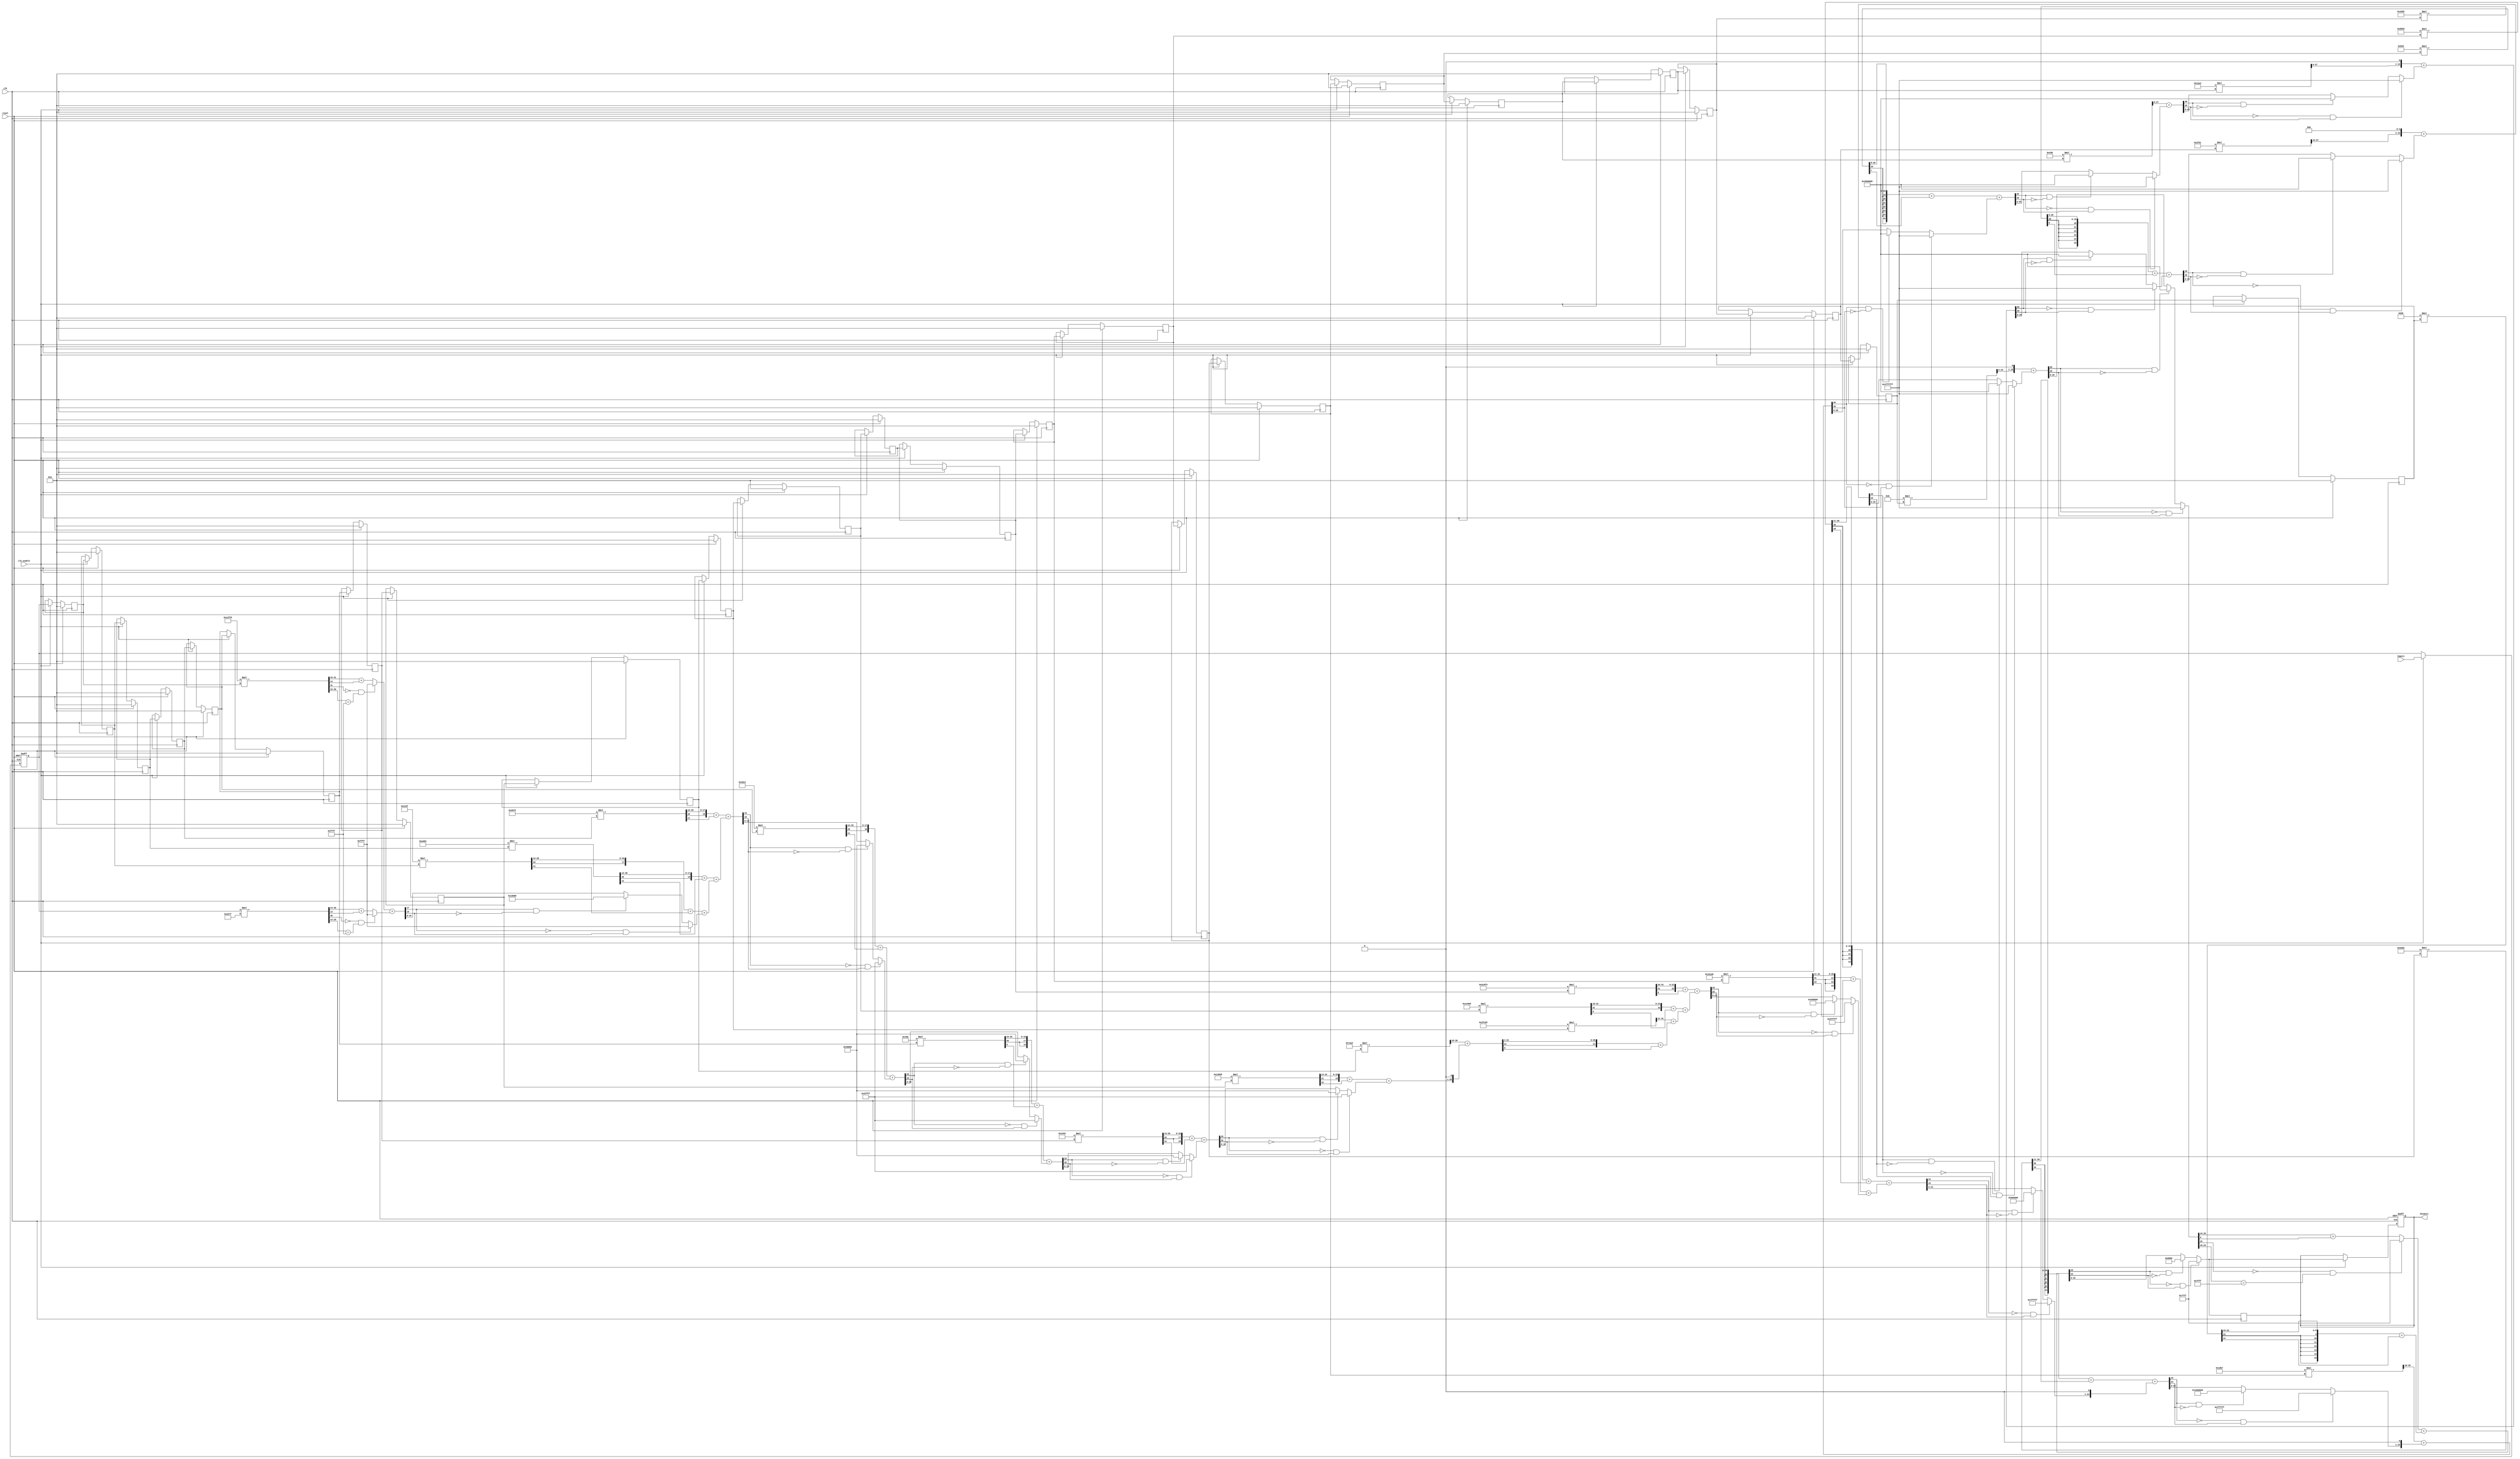
// -------------------------------------------------------------
// 
// 
// Generated by MATLAB 9.3 and HDL Coder 3.11
// 
// 
// -- -------------------------------------------------------------
// -- Rate and Clocking Details
// -- -------------------------------------------------------------
// Model base rate: 2e-05
// Target subsystem base rate: 2e-05
// 
// 
// Clock Enable  Sample Time
// -- -------------------------------------------------------------
// ce_out        2e-05
// -- -------------------------------------------------------------
// 
// 
// Output Signal                 Clock Enable  Sample Time
// -- -------------------------------------------------------------
// Output1                       ce_out        2e-05
// -- -------------------------------------------------------------
// 
// -------------------------------------------------------------


// -------------------------------------------------------------
// 
// Module: Filter_test_24
// Source Path: Differentiator/Filter_test_24
// Hierarchy Level: 0
// 
// -------------------------------------------------------------

`timescale 1 ns / 1 ns

module Filter_test_24
          (clk,
           reset,
           clk_enable,
           Input1,
//           ce_out,
           Output1);


  input   clk;
  input   reset;
  input   clk_enable;
  input   signed [15:0] Input1;  // sfix16_En8
//  output  ce_out;
  output  signed [15:0] Output1;  // sfix16_En8

//  wire enb;
  reg signed [15:0] Input1_reg;
  wire [10:0] b23_1_out1;  // ufix11_En11
  reg signed [15:0] BodyDelay1_out1;  // sfix16_En8
  reg signed [15:0] BodyDelay2_out1;  // sfix16_En8
  reg signed [15:0] BodyDelay3_out1;  // sfix16_En8
  reg signed [15:0] BodyDelay4_out1;  // sfix16_En8
  reg signed [15:0] BodyDelay5_out1;  // sfix16_En8
  reg signed [15:0] BodyDelay6_out1;  // sfix16_En8
  reg signed [15:0] BodyDelay7_out1;  // sfix16_En8
  reg signed [15:0] BodyDelay8_out1;  // sfix16_En8
  reg signed [15:0] BodyDelay9_out1;  // sfix16_En8
  reg signed [15:0] BodyDelay10_out1;  // sfix16_En8
  reg signed [15:0] BodyDelay11_out1;  // sfix16_En8
  reg signed [15:0] BodyDelay12_reg [0:1];  // sfix16 [2]
  wire signed [15:0] BodyDelay12_reg_next [0:1];  // sfix16_En8 [2]
  wire signed [15:0] BodyDelay12_out1;  // sfix16_En8
  reg signed [15:0] BodyDelay13_out1;  // sfix16_En8
  reg signed [15:0] BodyDelay14_out1;  // sfix16_En8
  reg signed [15:0] BodyDelay15_out1;  // sfix16_En8
  reg signed [15:0] BodyDelay16_out1;  // sfix16_En8
  reg signed [15:0] BodyDelay17_out1;  // sfix16_En8
  reg signed [15:0] BodyDelay18_out1;  // sfix16_En8
  reg signed [15:0] BodyDelay19_out1;  // sfix16_En8
  reg signed [15:0] BodyDelay20_out1;  // sfix16_En8
  reg signed [15:0] BodyDelay21_out1;  // sfix16_En8
  reg signed [15:0] BodyDelay22_out1;  // sfix16_En8
  wire signed [19:0] b22_1_out1;  // sfix20_En19
  wire [18:0] b21_1_out1;  // ufix19_En19
  wire signed [18:0] b20_1_out1;  // sfix19_En18
  wire [17:0] b19_1_out1;  // ufix18_En18
  wire signed [18:0] b18_1_out1;  // sfix19_En18
  wire signed [20:0] b17_1_out1;  // sfix21_En20
  wire [19:0] b16_1_out1;  // ufix20_En20
  wire signed [19:0] b15_1_out1;  // sfix20_En19
  wire [18:0] b14_1_out1;  // ufix19_En19
  wire signed [18:0] b13_1_out1;  // sfix19_En18
  wire [17:0] b12_1_out1;  // ufix18_En18
  wire signed [19:0] b11_1_out1;  // sfix20_En19
  wire [18:0] b10_1_out1;  // ufix19_En19
  wire signed [21:0] b9_1_out1;  // sfix22_En21
  wire [20:0] b8_1_out1;  // ufix21_En21
  wire [17:0] b7_1_out1;  // ufix18_En18
  wire signed [20:0] b6_1_out1;  // sfix21_En20
  wire [19:0] b5_1_out1;  // ufix20_En20
  wire signed [21:0] b4_1_out1;  // sfix22_En21
  wire [19:0] b3_1_out1;  // ufix20_En20
  wire signed [23:0] b2_1_out1;  // sfix24_En23
  wire signed [39:0] Product2_mul_temp;  // sfix40_En31
  wire signed [17:0] Product2_out1;  // sfix18_En17
  wire [21:0] b1_1_out1;  // ufix22_En22
  wire signed [15:0] b24_1_out1;  // sfix16_En15
  wire signed [11:0] Product23_cast;  // sfix12_En11
  wire signed [27:0] Product23_mul_temp;  // sfix28_En19
  wire signed [26:0] Product23_cast_1;  // sfix27_En19
  wire signed [17:0] Product23_out1;  // sfix18_En17
  wire signed [35:0] Product22_mul_temp;  // sfix36_En27
  wire signed [15:0] Product22_out1;  // sfix16_En15
  wire signed [19:0] Product21_cast;  // sfix20_En19
  wire signed [35:0] Product21_mul_temp;  // sfix36_En27
  wire signed [34:0] Product21_cast_1;  // sfix35_En27
  wire signed [20:0] Product21_out1;  // sfix21_En19
  wire signed [34:0] Product20_mul_temp;  // sfix35_En26
  wire signed [18:0] Product20_out1;  // sfix19_En17
  wire signed [18:0] Product19_cast;  // sfix19_En18
  wire signed [34:0] Product19_mul_temp;  // sfix35_En26
  wire signed [33:0] Product19_cast_1;  // sfix34_En26
  wire signed [19:0] Product19_out1;  // sfix20_En18
  wire signed [34:0] Product18_mul_temp;  // sfix35_En26
  wire signed [19:0] Product18_out1;  // sfix20_En19
  wire signed [36:0] Product17_mul_temp;  // sfix37_En28
  wire signed [18:0] Product17_out1;  // sfix19_En18
  wire signed [20:0] Product16_cast;  // sfix21_En20
  wire signed [36:0] Product16_mul_temp;  // sfix37_En28
  wire signed [35:0] Product16_cast_1;  // sfix36_En28
  wire signed [20:0] Product16_out1;  // sfix21_En18
  wire signed [35:0] Product15_mul_temp;  // sfix36_En27
  wire signed [20:0] Product15_out1;  // sfix21_En17
  wire signed [19:0] Product14_cast;  // sfix20_En19
  wire signed [35:0] Product14_mul_temp;  // sfix36_En27
  wire signed [34:0] Product14_cast_1;  // sfix35_En27
  wire signed [21:0] Product14_out1;  // sfix22_En17
  wire signed [34:0] Product13_mul_temp;  // sfix35_En26
  wire signed [22:0] Product13_out1;  // sfix23_En17
  wire signed [18:0] Product12_cast;  // sfix19_En18
  wire signed [34:0] Product12_mul_temp;  // sfix35_En26
  wire signed [33:0] Product12_cast_1;  // sfix34_En26
  wire signed [22:0] Product12_out1;  // sfix23_En17
  wire signed [35:0] Product11_mul_temp;  // sfix36_En27
  wire signed [20:0] Product11_out1;  // sfix21_En16
  wire signed [19:0] Product10_cast;  // sfix20_En19
  wire signed [35:0] Product10_mul_temp;  // sfix36_En27
  wire signed [34:0] Product10_cast_1;  // sfix35_En27
  wire signed [20:0] Product10_out1;  // sfix21_En17
  wire signed [37:0] Product9_mul_temp;  // sfix38_En29
  wire signed [19:0] Product9_out1;  // sfix20_En17
  wire signed [21:0] Product8_cast;  // sfix22_En21
  wire signed [37:0] Product8_mul_temp;  // sfix38_En29
  wire signed [36:0] Product8_cast_1;  // sfix37_En29
  wire signed [17:0] Product8_out1;  // sfix18_En17
  wire signed [18:0] Product7_cast;  // sfix19_En18
  wire signed [34:0] Product7_mul_temp;  // sfix35_En26
  wire signed [33:0] Product7_cast_1;  // sfix34_En26
  wire signed [17:0] Product7_out1;  // sfix18_En17
  wire signed [36:0] Product6_mul_temp;  // sfix37_En28
  wire signed [18:0] Product6_out1;  // sfix19_En17
  wire signed [20:0] Product5_cast;  // sfix21_En20
  wire signed [36:0] Product5_mul_temp;  // sfix37_En28
  wire signed [35:0] Product5_cast_1;  // sfix36_En28
  wire signed [18:0] Product5_out1;  // sfix19_En17
  wire signed [37:0] Product4_mul_temp;  // sfix38_En29
  wire signed [19:0] Product4_out1;  // sfix20_En18
  wire signed [20:0] Product3_cast;  // sfix21_En20
  wire signed [36:0] Product3_mul_temp;  // sfix37_En28
  wire signed [35:0] Product3_cast_1;  // sfix36_En28
  wire signed [17:0] Product3_out1;  // sfix18_En17
  wire signed [22:0] Product1_cast;  // sfix23_En22
  wire signed [38:0] Product1_mul_temp;  // sfix39_En30
  wire signed [37:0] Product1_cast_1;  // sfix38_En30
  wire signed [17:0] Product1_out1;  // sfix18_En17
  wire signed [16:0] BodyLSum1_add_cast;  // sfix17_En16
  wire signed [17:0] BodyLSum1_add_cast_1;  // sfix18_En16
  wire signed [16:0] BodyLSum1_add_cast_2;  // sfix17_En16
  wire signed [17:0] BodyLSum1_add_cast_3;  // sfix18_En16
  wire signed [17:0] BodyLSum1_add_temp;  // sfix18_En16
  wire signed [16:0] BodyLSum1_out1;  // sfix17_En16
  wire signed [17:0] BodyLSum2_add_cast;  // sfix18_En16
  wire signed [17:0] BodyLSum2_add_cast_1;  // sfix18_En16
  wire signed [17:0] BodyLSum2_out1;  // sfix18_En16
  wire signed [18:0] BodyLSum3_add_cast;  // sfix19_En16
  wire signed [18:0] BodyLSum3_add_cast_1;  // sfix19_En16
  wire signed [18:0] BodyLSum3_out1;  // sfix19_En16
  wire signed [18:0] BodyLSum4_add_cast;  // sfix19_En16
  wire signed [19:0] BodyLSum4_add_cast_1;  // sfix20_En16
  wire signed [19:0] BodyLSum4_add_cast_2;  // sfix20_En16
  wire signed [19:0] BodyLSum4_add_temp;  // sfix20_En16
  wire signed [18:0] BodyLSum4_out1;  // sfix19_En16
  wire signed [18:0] BodyLSum5_add_cast;  // sfix19_En16
  wire signed [19:0] BodyLSum5_add_cast_1;  // sfix20_En16
  wire signed [19:0] BodyLSum5_add_cast_2;  // sfix20_En16
  wire signed [19:0] BodyLSum5_add_temp;  // sfix20_En16
  wire signed [18:0] BodyLSum5_out1;  // sfix19_En16
  wire signed [18:0] BodyLSum6_add_cast;  // sfix19_En16
  wire signed [19:0] BodyLSum6_add_cast_1;  // sfix20_En16
  wire signed [19:0] BodyLSum6_add_cast_2;  // sfix20_En16
  wire signed [19:0] BodyLSum6_add_temp;  // sfix20_En16
  wire signed [18:0] BodyLSum6_out1;  // sfix19_En16
  wire signed [18:0] BodyLSum7_add_cast;  // sfix19_En16
  wire signed [19:0] BodyLSum7_add_cast_1;  // sfix20_En16
  wire signed [19:0] BodyLSum7_add_cast_2;  // sfix20_En16
  wire signed [19:0] BodyLSum7_add_temp;  // sfix20_En16
  wire signed [18:0] BodyLSum7_out1;  // sfix19_En16
  wire signed [19:0] BodyLSum8_add_cast;  // sfix20_En16
  wire signed [19:0] BodyLSum8_add_cast_1;  // sfix20_En16
  wire signed [19:0] BodyLSum8_out1;  // sfix20_En16
  wire signed [21:0] BodyLSum9_add_cast;  // sfix22_En17
  wire signed [21:0] BodyLSum9_add_cast_1;  // sfix22_En17
  wire signed [21:0] BodyLSum9_out1;  // sfix22_En17
  wire signed [21:0] BodyLSum10_add_cast;  // sfix22_En16
  wire signed [21:0] BodyLSum10_add_cast_1;  // sfix22_En16
  wire signed [21:0] BodyLSum10_out1;  // sfix22_En16
  wire signed [22:0] BodyLSum11_add_cast;  // sfix23_En16
  wire signed [22:0] BodyLSum11_add_cast_1;  // sfix23_En16
  wire signed [22:0] BodyLSum11_out1;  // sfix23_En16
  wire signed [22:0] BodyLSum12_add_cast;  // sfix23_En16
  wire signed [23:0] BodyLSum12_add_cast_1;  // sfix24_En16
  wire signed [23:0] BodyLSum12_add_cast_2;  // sfix24_En16
  wire signed [23:0] BodyLSum12_add_temp;  // sfix24_En16
  wire signed [22:0] BodyLSum12_out1;  // sfix23_En16
  wire signed [23:0] BodyLSum13_add_cast;  // sfix24_En16
  wire signed [23:0] BodyLSum13_add_cast_1;  // sfix24_En16
  wire signed [23:0] BodyLSum13_out1;  // sfix24_En16
  wire signed [23:0] BodyLSum14_add_cast;  // sfix24_En16
  wire signed [24:0] BodyLSum14_add_cast_1;  // sfix25_En16
  wire signed [24:0] BodyLSum14_add_cast_2;  // sfix25_En16
  wire signed [24:0] BodyLSum14_add_temp;  // sfix25_En16
  wire signed [23:0] BodyLSum14_out1;  // sfix24_En16
  wire signed [24:0] BodyLSum15_add_cast;  // sfix25_En17
  wire signed [25:0] BodyLSum15_add_cast_1;  // sfix26_En17
  wire signed [25:0] BodyLSum15_add_cast_2;  // sfix26_En17
  wire signed [25:0] BodyLSum15_add_temp;  // sfix26_En17
  wire signed [24:0] BodyLSum15_out1;  // sfix25_En17
  wire signed [25:0] BodyLSum16_add_cast;  // sfix26_En18
  wire signed [26:0] BodyLSum16_add_cast_1;  // sfix27_En18
  wire signed [26:0] BodyLSum16_add_cast_2;  // sfix27_En18
  wire signed [26:0] BodyLSum16_add_temp;  // sfix27_En18
  wire signed [25:0] BodyLSum16_out1;  // sfix26_En18
  wire signed [25:0] BodyLSum17_add_cast;  // sfix26_En18
  wire signed [26:0] BodyLSum17_add_cast_1;  // sfix27_En18
  wire signed [26:0] BodyLSum17_add_cast_2;  // sfix27_En18
  wire signed [26:0] BodyLSum17_add_temp;  // sfix27_En18
  wire signed [25:0] BodyLSum17_out1;  // sfix26_En18
  wire signed [25:0] BodyLSum18_add_cast;  // sfix26_En18
  wire signed [26:0] BodyLSum18_add_cast_1;  // sfix27_En18
  wire signed [26:0] BodyLSum18_add_cast_2;  // sfix27_En18
  wire signed [26:0] BodyLSum18_add_temp;  // sfix27_En18
  wire signed [25:0] BodyLSum18_out1;  // sfix26_En18
  wire signed [25:0] BodyLSum19_add_cast;  // sfix26_En18
  wire signed [26:0] BodyLSum19_add_cast_1;  // sfix27_En18
  wire signed [26:0] BodyLSum19_add_cast_2;  // sfix27_En18
  wire signed [26:0] BodyLSum19_add_temp;  // sfix27_En18
  wire signed [25:0] BodyLSum19_out1;  // sfix26_En18
  wire signed [25:0] BodyLSum20_add_cast;  // sfix26_En18
  wire signed [26:0] BodyLSum20_add_cast_1;  // sfix27_En18
  wire signed [26:0] BodyLSum20_add_cast_2;  // sfix27_En18
  wire signed [26:0] BodyLSum20_add_temp;  // sfix27_En18
  wire signed [25:0] BodyLSum20_out1;  // sfix26_En18
  wire signed [25:0] BodyLSum21_add_cast;  // sfix26_En18
  wire signed [26:0] BodyLSum21_add_cast_1;  // sfix27_En18
  wire signed [26:0] BodyLSum21_add_cast_2;  // sfix27_En18
  wire signed [26:0] BodyLSum21_add_temp;  // sfix27_En18
  wire signed [25:0] BodyLSum21_out1;  // sfix26_En18
  wire signed [25:0] BodyLSum22_add_cast;  // sfix26_En18
  wire signed [26:0] BodyLSum22_add_cast_1;  // sfix27_En18
  wire signed [26:0] BodyLSum22_add_cast_2;  // sfix27_En18
  wire signed [26:0] BodyLSum22_add_temp;  // sfix27_En18
  wire signed [25:0] BodyLSum22_out1;  // sfix26_En18
  reg signed [15:0] BodyDelay23_out1;  // sfix16_En8
  wire signed [31:0] Product24_mul_temp;  // sfix32_En23
  wire signed [9:0] Product24_out1;  // sfix10_En9
  wire signed [15:0] BodyLSum23_add_cast;  // sfix16_En8
  wire signed [16:0] BodyLSum23_add_cast_1;  // sfix17_En8
  wire signed [15:0] BodyLSum23_add_cast_2;  // sfix16_En8
  wire signed [16:0] BodyLSum23_add_cast_3;  // sfix17_En8
  wire signed [16:0] BodyLSum23_add_temp;  // sfix17_En8
  wire signed [15:0] BodyLSum23_out1;  // sfix16_En8
  reg signed [15:0] BodyLSum23_out1_reg;
  
  //wire signed [15:0] BodyLSum23_out2_wire;  // sfix16_En8
  //reg signed [15:0] BodyLSum23_out2_reg;

  assign b23_1_out1 = 11'b00000001011;
 


//  assign enb = clk_enable;
always @(posedge clk or posedge reset)
	begin 
		if (reset == 1'b1) begin
		Input1_reg <= 16'b0;
		BodyLSum23_out1_reg<=16'b0;
end
	else begin
		if (clk_enable) begin
		Input1_reg <= Input1;
		BodyLSum23_out1_reg<=BodyLSum23_out1;
		end
	     end
	  end

////////////    /////////////////////////////
  always @(posedge clk)
    begin : BodyDelay1_process
      if (reset == 1'b1) begin
        BodyDelay1_out1 <= 16'sb0000000000000000;
      end
      else begin
        if (clk_enable) begin
          BodyDelay1_out1 <= Input1_reg;
        end
      end
    end



  always @(posedge clk)
    begin : BodyDelay2_process
      if (reset == 1'b1) begin
        BodyDelay2_out1 <= 16'sb0000000000000000;
      end
      else begin
        if (clk_enable) begin
          BodyDelay2_out1 <= BodyDelay1_out1;
        end
      end
    end



  always @(posedge clk)
    begin : BodyDelay3_process
      if (reset == 1'b1) begin
        BodyDelay3_out1 <= 16'sb0000000000000000;
      end
      else begin
        if (clk_enable) begin
          BodyDelay3_out1 <= BodyDelay2_out1;
        end
      end
    end



  always @(posedge clk)
    begin : BodyDelay4_process
      if (reset == 1'b1) begin
        BodyDelay4_out1 <= 16'sb0000000000000000;
      end
      else begin
        if (clk_enable) begin
          BodyDelay4_out1 <= BodyDelay3_out1;
        end
      end
    end



  always @(posedge clk)
    begin : BodyDelay5_process
      if (reset == 1'b1) begin
        BodyDelay5_out1 <= 16'sb0000000000000000;
      end
      else begin
        if (clk_enable) begin
          BodyDelay5_out1 <= BodyDelay4_out1;
        end
      end
    end



  always @(posedge clk)
    begin : BodyDelay6_process
      if (reset == 1'b1) begin
        BodyDelay6_out1 <= 16'sb0000000000000000;
      end
      else begin
        if (clk_enable) begin
          BodyDelay6_out1 <= BodyDelay5_out1;
        end
      end
    end



  always @(posedge clk)
    begin : BodyDelay7_process
      if (reset == 1'b1) begin
        BodyDelay7_out1 <= 16'sb0000000000000000;
      end
      else begin
        if (clk_enable) begin
          BodyDelay7_out1 <= BodyDelay6_out1;
        end
      end
    end



  always @(posedge clk)
    begin : BodyDelay8_process
      if (reset == 1'b1) begin
        BodyDelay8_out1 <= 16'sb0000000000000000;
      end
      else begin
        if (clk_enable) begin
          BodyDelay8_out1 <= BodyDelay7_out1;
        end
      end
    end



  always @(posedge clk)
    begin : BodyDelay9_process
      if (reset == 1'b1) begin
        BodyDelay9_out1 <= 16'sb0000000000000000;
      end
      else begin
        if (clk_enable) begin
          BodyDelay9_out1 <= BodyDelay8_out1;
        end
      end
    end



  always @(posedge clk)
    begin : BodyDelay10_process
      if (reset == 1'b1) begin
        BodyDelay10_out1 <= 16'sb0000000000000000;
      end
      else begin
        if (clk_enable) begin
          BodyDelay10_out1 <= BodyDelay9_out1;
        end
      end
    end



  always @(posedge clk)
    begin : BodyDelay11_process
      if (reset == 1'b1) begin
        BodyDelay11_out1 <= 16'sb0000000000000000;
      end
      else begin
        if (clk_enable) begin
          BodyDelay11_out1 <= BodyDelay10_out1;
        end
      end
    end



  always @(posedge clk)
    begin : BodyDelay12_process
      if (reset == 1'b1) begin
        BodyDelay12_reg[0] <= 16'sb0000000000000000;
        BodyDelay12_reg[1] <= 16'sb0000000000000000;
      end
      else begin
        if (clk_enable) begin
          BodyDelay12_reg[0] <= BodyDelay12_reg_next[0];
          BodyDelay12_reg[1] <= BodyDelay12_reg_next[1];
        end
      end
    end

  assign BodyDelay12_out1 = BodyDelay12_reg[1];
  assign BodyDelay12_reg_next[0] = BodyDelay11_out1;
  assign BodyDelay12_reg_next[1] = BodyDelay12_reg[0];



  always @(posedge clk)
    begin : BodyDelay13_process
      if (reset == 1'b1) begin
        BodyDelay13_out1 <= 16'sb0000000000000000;
      end
      else begin
        if (clk_enable) begin
          BodyDelay13_out1 <= BodyDelay12_out1;
        end
      end
    end



  always @(posedge clk)
    begin : BodyDelay14_process
      if (reset == 1'b1) begin
        BodyDelay14_out1 <= 16'sb0000000000000000;
      end
      else begin
        if (clk_enable) begin
          BodyDelay14_out1 <= BodyDelay13_out1;
        end
      end
    end



  always @(posedge clk)
    begin : BodyDelay15_process
      if (reset == 1'b1) begin
        BodyDelay15_out1 <= 16'sb0000000000000000;
      end
      else begin
        if (clk_enable) begin
          BodyDelay15_out1 <= BodyDelay14_out1;
        end
      end
    end



  always @(posedge clk)
    begin : BodyDelay16_process
      if (reset == 1'b1) begin
        BodyDelay16_out1 <= 16'sb0000000000000000;
      end
      else begin
        if (clk_enable) begin
          BodyDelay16_out1 <= BodyDelay15_out1;
        end
      end
    end



  always @(posedge clk)
    begin : BodyDelay17_process
      if (reset == 1'b1) begin
        BodyDelay17_out1 <= 16'sb0000000000000000;
      end
      else begin
        if (clk_enable) begin
          BodyDelay17_out1 <= BodyDelay16_out1;
        end
      end
    end



  always @(posedge clk)
    begin : BodyDelay18_process
      if (reset == 1'b1) begin
        BodyDelay18_out1 <= 16'sb0000000000000000;
      end
      else begin
        if (clk_enable) begin
          BodyDelay18_out1 <= BodyDelay17_out1;
        end
      end
    end



  always @(posedge clk)
    begin : BodyDelay19_process
      if (reset == 1'b1) begin
        BodyDelay19_out1 <= 16'sb0000000000000000;
      end
      else begin
        if (clk_enable) begin
          BodyDelay19_out1 <= BodyDelay18_out1;
        end
      end
    end



  always @(posedge clk)
    begin : BodyDelay20_process
      if (reset == 1'b1) begin
        BodyDelay20_out1 <= 16'sb0000000000000000;
      end
      else begin
        if (clk_enable) begin
          BodyDelay20_out1 <= BodyDelay19_out1;
        end
      end
    end



  always @(posedge clk)
    begin : BodyDelay21_process
      if (reset == 1'b1) begin
        BodyDelay21_out1 <= 16'sb0000000000000000;
      end
      else begin
        if (clk_enable) begin
          BodyDelay21_out1 <= BodyDelay20_out1;
        end
      end
    end



  always @(posedge clk)
    begin : BodyDelay22_process
      if (reset == 1'b1) begin
        BodyDelay22_out1 <= 16'sb0000000000000000;
      end
      else begin
        if (clk_enable) begin
          BodyDelay22_out1 <= BodyDelay21_out1;
        end
      end
    end

//////////////////// //////////////////////

  assign b22_1_out1 = 20'sb11111110111101010001;



  assign b21_1_out1 = 19'b0000001011011010011;



  assign b20_1_out1 = 19'sb1111111001010100011;



  assign b19_1_out1 = 18'b000000110010111011;



  assign b18_1_out1 = 19'sb1111111100001000101;



  assign b17_1_out1 = 21'sb111111111000010110111;



  assign b16_1_out1 = 20'b00000110001111010011;



  assign b15_1_out1 = 20'sb11111000010101011101;



  assign b14_1_out1 = 19'b0010000000110101011;



  assign b13_1_out1 = 19'sb1101100101111110011;



  assign b12_1_out1 = 18'b010011010000001101;



  assign b11_1_out1 = 20'sb11101111111001010101;



  assign b10_1_out1 = 19'b0000111101010100011;



  assign b9_1_out1 = 22'sb1111110011100001011001;



  assign b8_1_out1 = 21'b000000001111010010011;



  assign b7_1_out1 = 18'b000000011110111011;



  assign b6_1_out1 = 21'sb111111100110100010011;



  assign b5_1_out1 = 20'b00000011010101110101;



  assign b4_1_out1 = 22'sb1111111010010010110011;



  assign b3_1_out1 = 20'b00000010000101011111;



  assign b2_1_out1 = 24'sb111111110100111111111101;


  assign b1_1_out1 = 22'b0000000010001001111111;



  assign b24_1_out1 = 16'sb1111111110111011;

////////////////////  ///////////////////////

  assign Product2_mul_temp = b2_1_out1 * BodyDelay1_out1;
  assign Product2_out1 = Product2_mul_temp[31:14];



  assign Product23_cast = {1'b0, b23_1_out1};
  assign Product23_mul_temp = Product23_cast * BodyDelay22_out1;
  assign Product23_cast_1 = Product23_mul_temp[26:0];
  assign Product23_out1 = Product23_cast_1[19:2];



  assign Product22_mul_temp = b22_1_out1 * BodyDelay21_out1;
  assign Product22_out1 = Product22_mul_temp[27:12];



  assign Product21_cast = {1'b0, b21_1_out1};
  assign Product21_mul_temp = Product21_cast * BodyDelay20_out1;
  assign Product21_cast_1 = Product21_mul_temp[34:0];
  assign Product21_out1 = Product21_cast_1[28:8];



  assign Product20_mul_temp = b20_1_out1 * BodyDelay19_out1;
  assign Product20_out1 = Product20_mul_temp[27:9];



  assign Product19_cast = {1'b0, b19_1_out1};
  assign Product19_mul_temp = Product19_cast * BodyDelay18_out1;
  assign Product19_cast_1 = Product19_mul_temp[33:0];
  assign Product19_out1 = Product19_cast_1[27:8];



  assign Product18_mul_temp = b18_1_out1 * BodyDelay17_out1;
  assign Product18_out1 = Product18_mul_temp[26:7];



  assign Product17_mul_temp = b17_1_out1 * BodyDelay16_out1;
  assign Product17_out1 = Product17_mul_temp[28:10];



  assign Product16_cast = {1'b0, b16_1_out1};
  assign Product16_mul_temp = Product16_cast * BodyDelay15_out1;
  assign Product16_cast_1 = Product16_mul_temp[35:0];
  assign Product16_out1 = Product16_cast_1[30:10];



  assign Product15_mul_temp = b15_1_out1 * BodyDelay14_out1;
  assign Product15_out1 = Product15_mul_temp[30:10];



  assign Product14_cast = {1'b0, b14_1_out1};
  assign Product14_mul_temp = Product14_cast * BodyDelay13_out1;
  assign Product14_cast_1 = Product14_mul_temp[34:0];
  assign Product14_out1 = Product14_cast_1[31:10];



  assign Product13_mul_temp = b13_1_out1 * BodyDelay12_out1;
  assign Product13_out1 = Product13_mul_temp[31:9];



  assign Product12_cast = {1'b0, b12_1_out1};
  assign Product12_mul_temp = Product12_cast * BodyDelay11_out1;
  assign Product12_cast_1 = Product12_mul_temp[33:0];
  assign Product12_out1 = Product12_cast_1[31:9];



  assign Product11_mul_temp = b11_1_out1 * BodyDelay10_out1;
  assign Product11_out1 = Product11_mul_temp[31:11];



  assign Product10_cast = {1'b0, b10_1_out1};
  assign Product10_mul_temp = Product10_cast * BodyDelay9_out1;
  assign Product10_cast_1 = Product10_mul_temp[34:0];
  assign Product10_out1 = Product10_cast_1[30:10];



  assign Product9_mul_temp = b9_1_out1 * BodyDelay8_out1;
  assign Product9_out1 = Product9_mul_temp[31:12];



  assign Product8_cast = {1'b0, b8_1_out1};
  assign Product8_mul_temp = Product8_cast * BodyDelay7_out1;
  assign Product8_cast_1 = Product8_mul_temp[36:0];
  assign Product8_out1 = Product8_cast_1[29:12];



  assign Product7_cast = {1'b0, b7_1_out1};
  assign Product7_mul_temp = Product7_cast * BodyDelay6_out1;
  assign Product7_cast_1 = Product7_mul_temp[33:0];
  assign Product7_out1 = Product7_cast_1[26:9];



  assign Product6_mul_temp = b6_1_out1 * BodyDelay5_out1;
  assign Product6_out1 = Product6_mul_temp[29:11];



  assign Product5_cast = {1'b0, b5_1_out1};
  assign Product5_mul_temp = Product5_cast * BodyDelay4_out1;
  assign Product5_cast_1 = Product5_mul_temp[35:0];
  assign Product5_out1 = Product5_cast_1[29:11];



  assign Product4_mul_temp = b4_1_out1 * BodyDelay3_out1;
  assign Product4_out1 = Product4_mul_temp[30:11];



  assign Product3_cast = {1'b0, b3_1_out1};
  assign Product3_mul_temp = Product3_cast * BodyDelay2_out1;
  assign Product3_cast_1 = Product3_mul_temp[35:0];
  assign Product3_out1 = Product3_cast_1[28:11];



  assign Product1_cast = {1'b0, b1_1_out1};
  assign Product1_mul_temp = Input1_reg * Product1_cast;
  assign Product1_cast_1 = Product1_mul_temp[37:0];
  assign Product1_out1 = Product1_cast_1[30:13];


///////////  /////////////////////////////


  assign BodyLSum1_add_cast = ((Product2_out1[17] == 1'b0) && (Product2_out1[16:1] == 16'b1111111111111111) ? 17'sb01111111111111111 :
              Product2_out1[17:1] + $signed({1'b0, Product2_out1[0]}));
  assign BodyLSum1_add_cast_1 = {BodyLSum1_add_cast[16], BodyLSum1_add_cast};
  assign BodyLSum1_add_cast_2 = ((Product1_out1[17] == 1'b0) && (Product1_out1[16:1] == 16'b1111111111111111) ? 17'sb01111111111111111 :
              Product1_out1[17:1] + $signed({1'b0, Product1_out1[0]}));
  assign BodyLSum1_add_cast_3 = {BodyLSum1_add_cast_2[16], BodyLSum1_add_cast_2};
  assign BodyLSum1_add_temp = BodyLSum1_add_cast_1 + BodyLSum1_add_cast_3;
  assign BodyLSum1_out1 = ((BodyLSum1_add_temp[17] == 1'b0) && (BodyLSum1_add_temp[16] != 1'b0) ? 17'sb01111111111111111 :
              ((BodyLSum1_add_temp[17] == 1'b1) && (BodyLSum1_add_temp[16] != 1'b1) ? 17'sb10000000000000000 :
              $signed(BodyLSum1_add_temp[16:0])));



  assign BodyLSum2_add_cast = ({Product3_out1[17], Product3_out1[17:1]}) + $signed({1'b0, Product3_out1[0]});
  assign BodyLSum2_add_cast_1 = {BodyLSum1_out1[16], BodyLSum1_out1};
  assign BodyLSum2_out1 = BodyLSum2_add_cast + BodyLSum2_add_cast_1;



  assign BodyLSum3_add_cast = ({Product4_out1[19], Product4_out1[19:2]}) + $signed({1'b0, Product4_out1[1]});
  assign BodyLSum3_add_cast_1 = {BodyLSum2_out1[17], BodyLSum2_out1};
  assign BodyLSum3_out1 = BodyLSum3_add_cast + BodyLSum3_add_cast_1;



  assign BodyLSum4_add_cast = ({Product5_out1[18], Product5_out1[18:1]}) + $signed({1'b0, Product5_out1[0]});
  assign BodyLSum4_add_cast_1 = {BodyLSum4_add_cast[18], BodyLSum4_add_cast};
  assign BodyLSum4_add_cast_2 = {BodyLSum3_out1[18], BodyLSum3_out1};
  assign BodyLSum4_add_temp = BodyLSum4_add_cast_1 + BodyLSum4_add_cast_2;
  assign BodyLSum4_out1 = ((BodyLSum4_add_temp[19] == 1'b0) && (BodyLSum4_add_temp[18] != 1'b0) ? 19'sb0111111111111111111 :
              ((BodyLSum4_add_temp[19] == 1'b1) && (BodyLSum4_add_temp[18] != 1'b1) ? 19'sb1000000000000000000 :
              $signed(BodyLSum4_add_temp[18:0])));



  assign BodyLSum5_add_cast = ({Product6_out1[18], Product6_out1[18:1]}) + $signed({1'b0, Product6_out1[0]});
  assign BodyLSum5_add_cast_1 = {BodyLSum5_add_cast[18], BodyLSum5_add_cast};
  assign BodyLSum5_add_cast_2 = {BodyLSum4_out1[18], BodyLSum4_out1};
  assign BodyLSum5_add_temp = BodyLSum5_add_cast_1 + BodyLSum5_add_cast_2;
  assign BodyLSum5_out1 = ((BodyLSum5_add_temp[19] == 1'b0) && (BodyLSum5_add_temp[18] != 1'b0) ? 19'sb0111111111111111111 :
              ((BodyLSum5_add_temp[19] == 1'b1) && (BodyLSum5_add_temp[18] != 1'b1) ? 19'sb1000000000000000000 :
              $signed(BodyLSum5_add_temp[18:0])));



  assign BodyLSum6_add_cast = ({{2{Product7_out1[17]}}, Product7_out1[17:1]}) + $signed({1'b0, Product7_out1[0]});
  assign BodyLSum6_add_cast_1 = {BodyLSum6_add_cast[18], BodyLSum6_add_cast};
  assign BodyLSum6_add_cast_2 = {BodyLSum5_out1[18], BodyLSum5_out1};
  assign BodyLSum6_add_temp = BodyLSum6_add_cast_1 + BodyLSum6_add_cast_2;
  assign BodyLSum6_out1 = ((BodyLSum6_add_temp[19] == 1'b0) && (BodyLSum6_add_temp[18] != 1'b0) ? 19'sb0111111111111111111 :
              ((BodyLSum6_add_temp[19] == 1'b1) && (BodyLSum6_add_temp[18] != 1'b1) ? 19'sb1000000000000000000 :
              $signed(BodyLSum6_add_temp[18:0])));



  assign BodyLSum7_add_cast = ({{2{Product8_out1[17]}}, Product8_out1[17:1]}) + $signed({1'b0, Product8_out1[0]});
  assign BodyLSum7_add_cast_1 = {BodyLSum7_add_cast[18], BodyLSum7_add_cast};
  assign BodyLSum7_add_cast_2 = {BodyLSum6_out1[18], BodyLSum6_out1};
  assign BodyLSum7_add_temp = BodyLSum7_add_cast_1 + BodyLSum7_add_cast_2;
  assign BodyLSum7_out1 = ((BodyLSum7_add_temp[19] == 1'b0) && (BodyLSum7_add_temp[18] != 1'b0) ? 19'sb0111111111111111111 :
              ((BodyLSum7_add_temp[19] == 1'b1) && (BodyLSum7_add_temp[18] != 1'b1) ? 19'sb1000000000000000000 :
              $signed(BodyLSum7_add_temp[18:0])));



  assign BodyLSum8_add_cast = ({Product9_out1[19], Product9_out1[19:1]}) + $signed({1'b0, Product9_out1[0]});
  assign BodyLSum8_add_cast_1 = {BodyLSum7_out1[18], BodyLSum7_out1};
  assign BodyLSum8_out1 = BodyLSum8_add_cast + BodyLSum8_add_cast_1;



  assign BodyLSum9_add_cast = {Product10_out1[20], Product10_out1};
  assign BodyLSum9_add_cast_1 = {BodyLSum8_out1[19], {BodyLSum8_out1, 1'b0}};
  assign BodyLSum9_out1 = BodyLSum9_add_cast + BodyLSum9_add_cast_1;



  assign BodyLSum10_add_cast = {Product11_out1[20], Product11_out1};
  assign BodyLSum10_add_cast_1 = ({BodyLSum9_out1[21], BodyLSum9_out1[21:1]}) + $signed({1'b0, BodyLSum9_out1[0]});
  assign BodyLSum10_out1 = BodyLSum10_add_cast + BodyLSum10_add_cast_1;



  assign BodyLSum11_add_cast = ({Product12_out1[22], Product12_out1[22:1]}) + $signed({1'b0, Product12_out1[0]});
  assign BodyLSum11_add_cast_1 = {BodyLSum10_out1[21], BodyLSum10_out1};
  assign BodyLSum11_out1 = BodyLSum11_add_cast + BodyLSum11_add_cast_1;



  assign BodyLSum12_add_cast = ({Product13_out1[22], Product13_out1[22:1]}) + $signed({1'b0, Product13_out1[0]});
  assign BodyLSum12_add_cast_1 = {BodyLSum12_add_cast[22], BodyLSum12_add_cast};
  assign BodyLSum12_add_cast_2 = {BodyLSum11_out1[22], BodyLSum11_out1};
  assign BodyLSum12_add_temp = BodyLSum12_add_cast_1 + BodyLSum12_add_cast_2;
  assign BodyLSum12_out1 = ((BodyLSum12_add_temp[23] == 1'b0) && (BodyLSum12_add_temp[22] != 1'b0) ? 23'sb01111111111111111111111 :
              ((BodyLSum12_add_temp[23] == 1'b1) && (BodyLSum12_add_temp[22] != 1'b1) ? 23'sb10000000000000000000000 :
              $signed(BodyLSum12_add_temp[22:0])));



  assign BodyLSum13_add_cast = ({{3{Product14_out1[21]}}, Product14_out1[21:1]}) + $signed({1'b0, Product14_out1[0]});
  assign BodyLSum13_add_cast_1 = {BodyLSum12_out1[22], BodyLSum12_out1};
  assign BodyLSum13_out1 = BodyLSum13_add_cast + BodyLSum13_add_cast_1;



  assign BodyLSum14_add_cast = ({{4{Product15_out1[20]}}, Product15_out1[20:1]}) + $signed({1'b0, Product15_out1[0]});
  assign BodyLSum14_add_cast_1 = {BodyLSum14_add_cast[23], BodyLSum14_add_cast};
  assign BodyLSum14_add_cast_2 = {BodyLSum13_out1[23], BodyLSum13_out1};
  assign BodyLSum14_add_temp = BodyLSum14_add_cast_1 + BodyLSum14_add_cast_2;
  assign BodyLSum14_out1 = ((BodyLSum14_add_temp[24] == 1'b0) && (BodyLSum14_add_temp[23] != 1'b0) ? 24'sb011111111111111111111111 :
              ((BodyLSum14_add_temp[24] == 1'b1) && (BodyLSum14_add_temp[23] != 1'b1) ? 24'sb100000000000000000000000 :
              $signed(BodyLSum14_add_temp[23:0])));



  assign BodyLSum15_add_cast = ({{5{Product16_out1[20]}}, Product16_out1[20:1]}) + $signed({1'b0, Product16_out1[0]});
  assign BodyLSum15_add_cast_1 = {BodyLSum15_add_cast[24], BodyLSum15_add_cast};
  assign BodyLSum15_add_cast_2 = {BodyLSum14_out1[23], {BodyLSum14_out1, 1'b0}};
  assign BodyLSum15_add_temp = BodyLSum15_add_cast_1 + BodyLSum15_add_cast_2;
  assign BodyLSum15_out1 = ((BodyLSum15_add_temp[25] == 1'b0) && (BodyLSum15_add_temp[24] != 1'b0) ? 25'sb0111111111111111111111111 :
              ((BodyLSum15_add_temp[25] == 1'b1) && (BodyLSum15_add_temp[24] != 1'b1) ? 25'sb1000000000000000000000000 :
              $signed(BodyLSum15_add_temp[24:0])));



  assign BodyLSum16_add_cast = {{7{Product17_out1[18]}}, Product17_out1};
  assign BodyLSum16_add_cast_1 = {BodyLSum16_add_cast[25], BodyLSum16_add_cast};
  assign BodyLSum16_add_cast_2 = {BodyLSum15_out1[24], {BodyLSum15_out1, 1'b0}};
  assign BodyLSum16_add_temp = BodyLSum16_add_cast_1 + BodyLSum16_add_cast_2;
  assign BodyLSum16_out1 = ((BodyLSum16_add_temp[26] == 1'b0) && (BodyLSum16_add_temp[25] != 1'b0) ? 26'sb01111111111111111111111111 :
              ((BodyLSum16_add_temp[26] == 1'b1) && (BodyLSum16_add_temp[25] != 1'b1) ? 26'sb10000000000000000000000000 :
              $signed(BodyLSum16_add_temp[25:0])));



  assign BodyLSum17_add_cast = ({{7{Product18_out1[19]}}, Product18_out1[19:1]}) + $signed({1'b0, Product18_out1[0]});
  assign BodyLSum17_add_cast_1 = {BodyLSum17_add_cast[25], BodyLSum17_add_cast};
  assign BodyLSum17_add_cast_2 = {BodyLSum16_out1[25], BodyLSum16_out1};
  assign BodyLSum17_add_temp = BodyLSum17_add_cast_1 + BodyLSum17_add_cast_2;
  assign BodyLSum17_out1 = ((BodyLSum17_add_temp[26] == 1'b0) && (BodyLSum17_add_temp[25] != 1'b0) ? 26'sb01111111111111111111111111 :
              ((BodyLSum17_add_temp[26] == 1'b1) && (BodyLSum17_add_temp[25] != 1'b1) ? 26'sb10000000000000000000000000 :
              $signed(BodyLSum17_add_temp[25:0])));



  assign BodyLSum18_add_cast = {{6{Product19_out1[19]}}, Product19_out1};
  assign BodyLSum18_add_cast_1 = {BodyLSum18_add_cast[25], BodyLSum18_add_cast};
  assign BodyLSum18_add_cast_2 = {BodyLSum17_out1[25], BodyLSum17_out1};
  assign BodyLSum18_add_temp = BodyLSum18_add_cast_1 + BodyLSum18_add_cast_2;
  assign BodyLSum18_out1 = ((BodyLSum18_add_temp[26] == 1'b0) && (BodyLSum18_add_temp[25] != 1'b0) ? 26'sb01111111111111111111111111 :
              ((BodyLSum18_add_temp[26] == 1'b1) && (BodyLSum18_add_temp[25] != 1'b1) ? 26'sb10000000000000000000000000 :
              $signed(BodyLSum18_add_temp[25:0])));



  assign BodyLSum19_add_cast = {{6{Product20_out1[18]}}, {Product20_out1, 1'b0}};
  assign BodyLSum19_add_cast_1 = {BodyLSum19_add_cast[25], BodyLSum19_add_cast};
  assign BodyLSum19_add_cast_2 = {BodyLSum18_out1[25], BodyLSum18_out1};
  assign BodyLSum19_add_temp = BodyLSum19_add_cast_1 + BodyLSum19_add_cast_2;
  assign BodyLSum19_out1 = ((BodyLSum19_add_temp[26] == 1'b0) && (BodyLSum19_add_temp[25] != 1'b0) ? 26'sb01111111111111111111111111 :
              ((BodyLSum19_add_temp[26] == 1'b1) && (BodyLSum19_add_temp[25] != 1'b1) ? 26'sb10000000000000000000000000 :
              $signed(BodyLSum19_add_temp[25:0])));



  assign BodyLSum20_add_cast = ({{6{Product21_out1[20]}}, Product21_out1[20:1]}) + $signed({1'b0, Product21_out1[0]});
  assign BodyLSum20_add_cast_1 = {BodyLSum20_add_cast[25], BodyLSum20_add_cast};
  assign BodyLSum20_add_cast_2 = {BodyLSum19_out1[25], BodyLSum19_out1};
  assign BodyLSum20_add_temp = BodyLSum20_add_cast_1 + BodyLSum20_add_cast_2;
  assign BodyLSum20_out1 = ((BodyLSum20_add_temp[26] == 1'b0) && (BodyLSum20_add_temp[25] != 1'b0) ? 26'sb01111111111111111111111111 :
              ((BodyLSum20_add_temp[26] == 1'b1) && (BodyLSum20_add_temp[25] != 1'b1) ? 26'sb10000000000000000000000000 :
              $signed(BodyLSum20_add_temp[25:0])));



  assign BodyLSum21_add_cast = {{7{Product22_out1[15]}}, {Product22_out1, 3'b000}};
  assign BodyLSum21_add_cast_1 = {BodyLSum21_add_cast[25], BodyLSum21_add_cast};
  assign BodyLSum21_add_cast_2 = {BodyLSum20_out1[25], BodyLSum20_out1};
  assign BodyLSum21_add_temp = BodyLSum21_add_cast_1 + BodyLSum21_add_cast_2;
  assign BodyLSum21_out1 = ((BodyLSum21_add_temp[26] == 1'b0) && (BodyLSum21_add_temp[25] != 1'b0) ? 26'sb01111111111111111111111111 :
              ((BodyLSum21_add_temp[26] == 1'b1) && (BodyLSum21_add_temp[25] != 1'b1) ? 26'sb10000000000000000000000000 :
              $signed(BodyLSum21_add_temp[25:0])));



  assign BodyLSum22_add_cast = {{7{Product23_out1[17]}}, {Product23_out1, 1'b0}};
  assign BodyLSum22_add_cast_1 = {BodyLSum22_add_cast[25], BodyLSum22_add_cast};
  assign BodyLSum22_add_cast_2 = {BodyLSum21_out1[25], BodyLSum21_out1};
  assign BodyLSum22_add_temp = BodyLSum22_add_cast_1 + BodyLSum22_add_cast_2;
  assign BodyLSum22_out1 = ((BodyLSum22_add_temp[26] == 1'b0) && (BodyLSum22_add_temp[25] != 1'b0) ? 26'sb01111111111111111111111111 :
              ((BodyLSum22_add_temp[26] == 1'b1) && (BodyLSum22_add_temp[25] != 1'b1) ? 26'sb10000000000000000000000000 :
              $signed(BodyLSum22_add_temp[25:0])));



  always @(posedge clk)
    begin : BodyDelay23_process
      if (reset == 1'b1) begin
        BodyDelay23_out1 <= 16'sb0000000000000000;
      end
      else begin
        if (clk_enable) begin
          BodyDelay23_out1 <= BodyDelay22_out1;
        end
      end
    end



  assign Product24_mul_temp = b24_1_out1 * BodyDelay23_out1;
  assign Product24_out1 = Product24_mul_temp[23:14];



  assign BodyLSum23_add_cast = ((BodyLSum22_out1[25] == 1'b0) && (BodyLSum22_out1[24:10] == 15'b111111111111111) ? 16'sb0111111111111111 :
              BodyLSum22_out1[25:10] + $signed({1'b0, BodyLSum22_out1[9]}));
  assign BodyLSum23_add_cast_1 = {BodyLSum23_add_cast[15], BodyLSum23_add_cast};
  assign BodyLSum23_add_cast_2 = ({{7{Product24_out1[9]}}, Product24_out1[9:1]}) + $signed({1'b0, Product24_out1[0]});
  assign BodyLSum23_add_cast_3 = {BodyLSum23_add_cast_2[15], BodyLSum23_add_cast_2};
  assign BodyLSum23_add_temp = BodyLSum23_add_cast_1 + BodyLSum23_add_cast_3;
  assign BodyLSum23_out1 = ((BodyLSum23_add_temp[16] == 1'b0) && (BodyLSum23_add_temp[15] != 1'b0) ? 16'sb0111111111111111 :
              ((BodyLSum23_add_temp[16] == 1'b1) && (BodyLSum23_add_temp[15] != 1'b1) ? 16'sb1000000000000000 :
              $signed(BodyLSum23_add_temp[15:0])));

always@(posedge clk)
BodyLSum23_out1_reg <= BodyLSum23_out1;

    
assign Output1 = BodyLSum23_out1_reg;


endmodule  // Filter_test_24